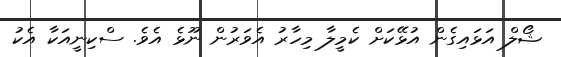
ޝޯލް އަޅައިގެން އުޅޭކަށް ކެމީލާ މިހާރު އެވަރުން ނޫޅެ އެވެ. ސްކިނީއަކާ އެކު